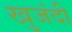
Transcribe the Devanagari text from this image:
खुजंदी